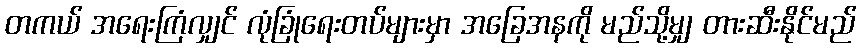
တကယ် အရေးကြံလျှင် လုံခြုံရေးတပ်များမှာ အခြေအနကို မည်သို့မျှ တားဆီးနိုင်မည်